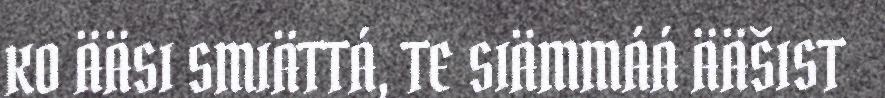
KO ÄÄSI SMIÄTTÁ, TE SIÄMMÁÁ ÄÄŠIST